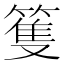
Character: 篗